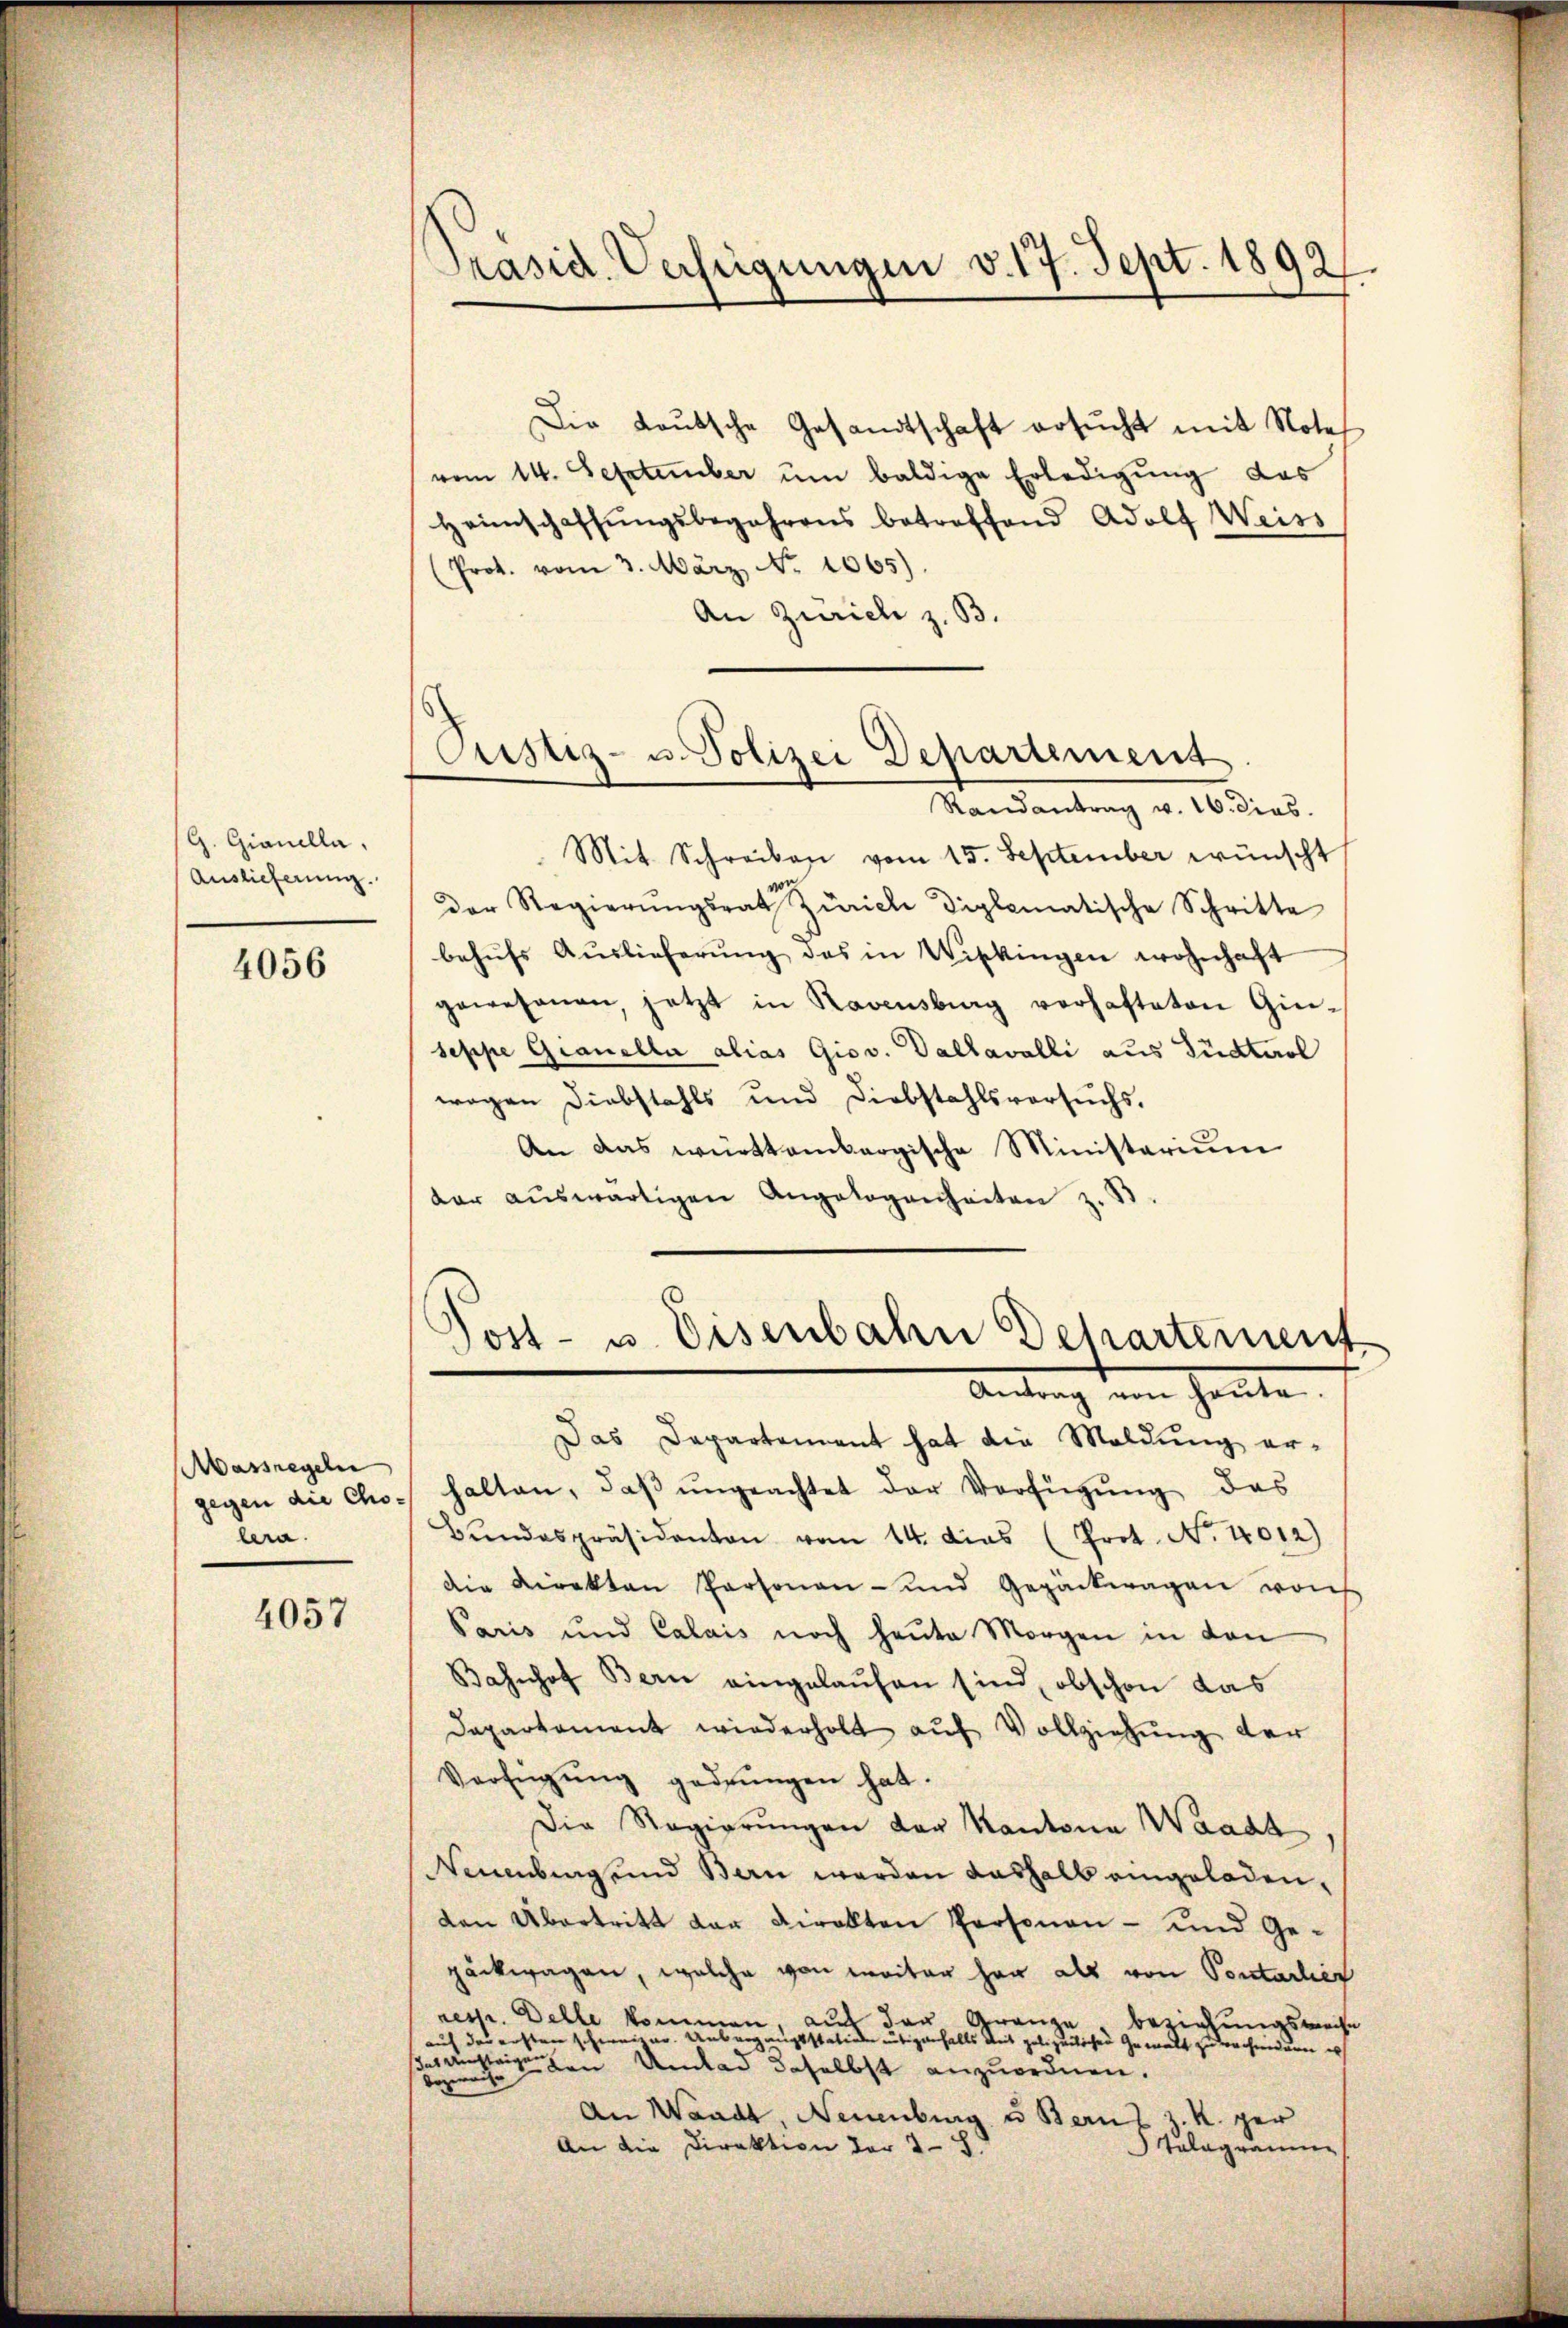
G. Gianella,
Auslieferung.

4056

Aassregeln
gegen die Cholera.

4057

Präsid. Verfügungen v. 17. Sept. 1892.

Justiz- u. Polizei Departement

Die Leŭtsche Gesandtschaft ersŭcht mit Notes
vom 14. September ŭm baldige Erledigŭng das
Heimschaffŭngsbegehrens betreffend Adolf Weiss
(Prot. vom 3. März No. 1065).
An Zürich z. B.
Randantrag v. 16. dies
Mit Schreiben vom 15. September wünscht
der Regierŭngsrat Zürich Diplomatische Schritte
behŭfs Auslieferŭng des in Wipkingen wohnhaft
gewesenen, jetzt in Ravensburg verhafteten Gin-
seppe Granella alias Giov. Gallavalli aus Südtirol
wegen Diebstahls und Diebstahlsversuchs.
An das württembergische Ministerium
dar aŭswärtigen Angelegenheiten z. B
¬
ost- u. Eisenbahn Departement
Antrag von heute.
Das Departement hat die Maldung erhalten, daβ ŭngeachtet der Verfügŭng das
Bŭndespräsidenten vom 14. dies (Prot. No. 4012)
Die Direkten Personen- und Gepäckwagen von
Paris und Calais noch heute Morgen in den
Bahnhof Bern eingelaufen sind, obschon das
Dapartament wiederholt auf Vollziehung der
Verfügŭng gedrungen hat.
Die Regierungen der Kantona Waadt
Neuenburg und Bern werden deshalb eingeladen,
den Übertritt der Direkten Personen- und Gepäckwagen, welche von weiter her als von Pontarlic
resp. Delle kommen, auf der Gränze beziehungsweise
auf der ersten schweizer. Unbergangsstation übrigenfalls mit polizeilichen Gewalt zu rechnidern e
das Ansteige
ehen Umlad daselbst anzuordnen.
bezweite
An Waadt, Neuenburg u Bernt z. R. ger
Talagramme
An die Direktion der 2 S.